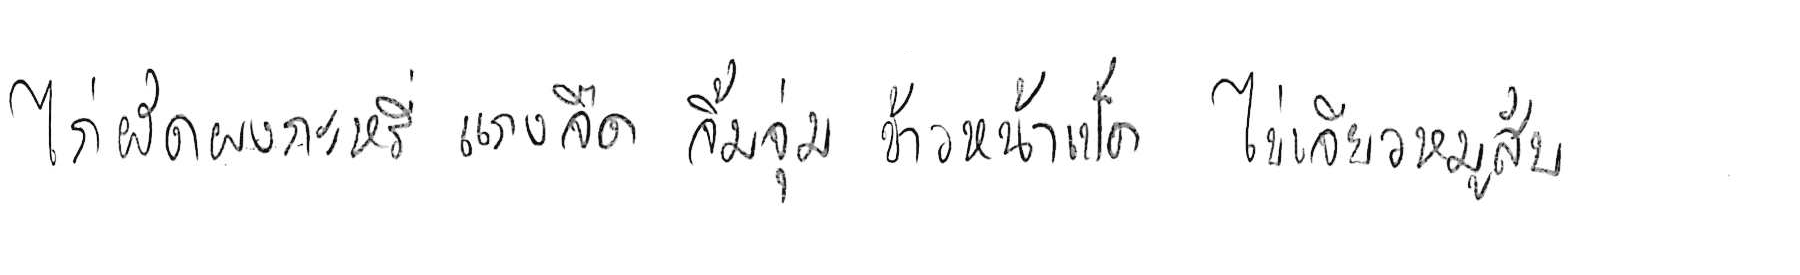
ไก่ผัดผงกะหรี่ แกงจืด จิ้มจุ่ม ข้าวหน้าเป็ด ไข่เจียวหมูสับ